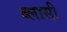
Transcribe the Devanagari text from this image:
ब्लासी